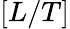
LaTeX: [L/T]